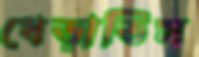
ধেড়াতিস